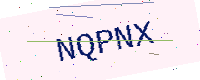
Text: NQPNX